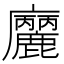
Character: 𢌒